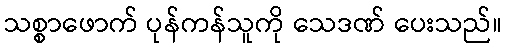
သစ္စာဖောက် ပုန်ကန်သူကို သေဒဏ် ပေးသည်။